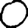
Digit: 0